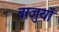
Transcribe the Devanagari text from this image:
बाजुयों